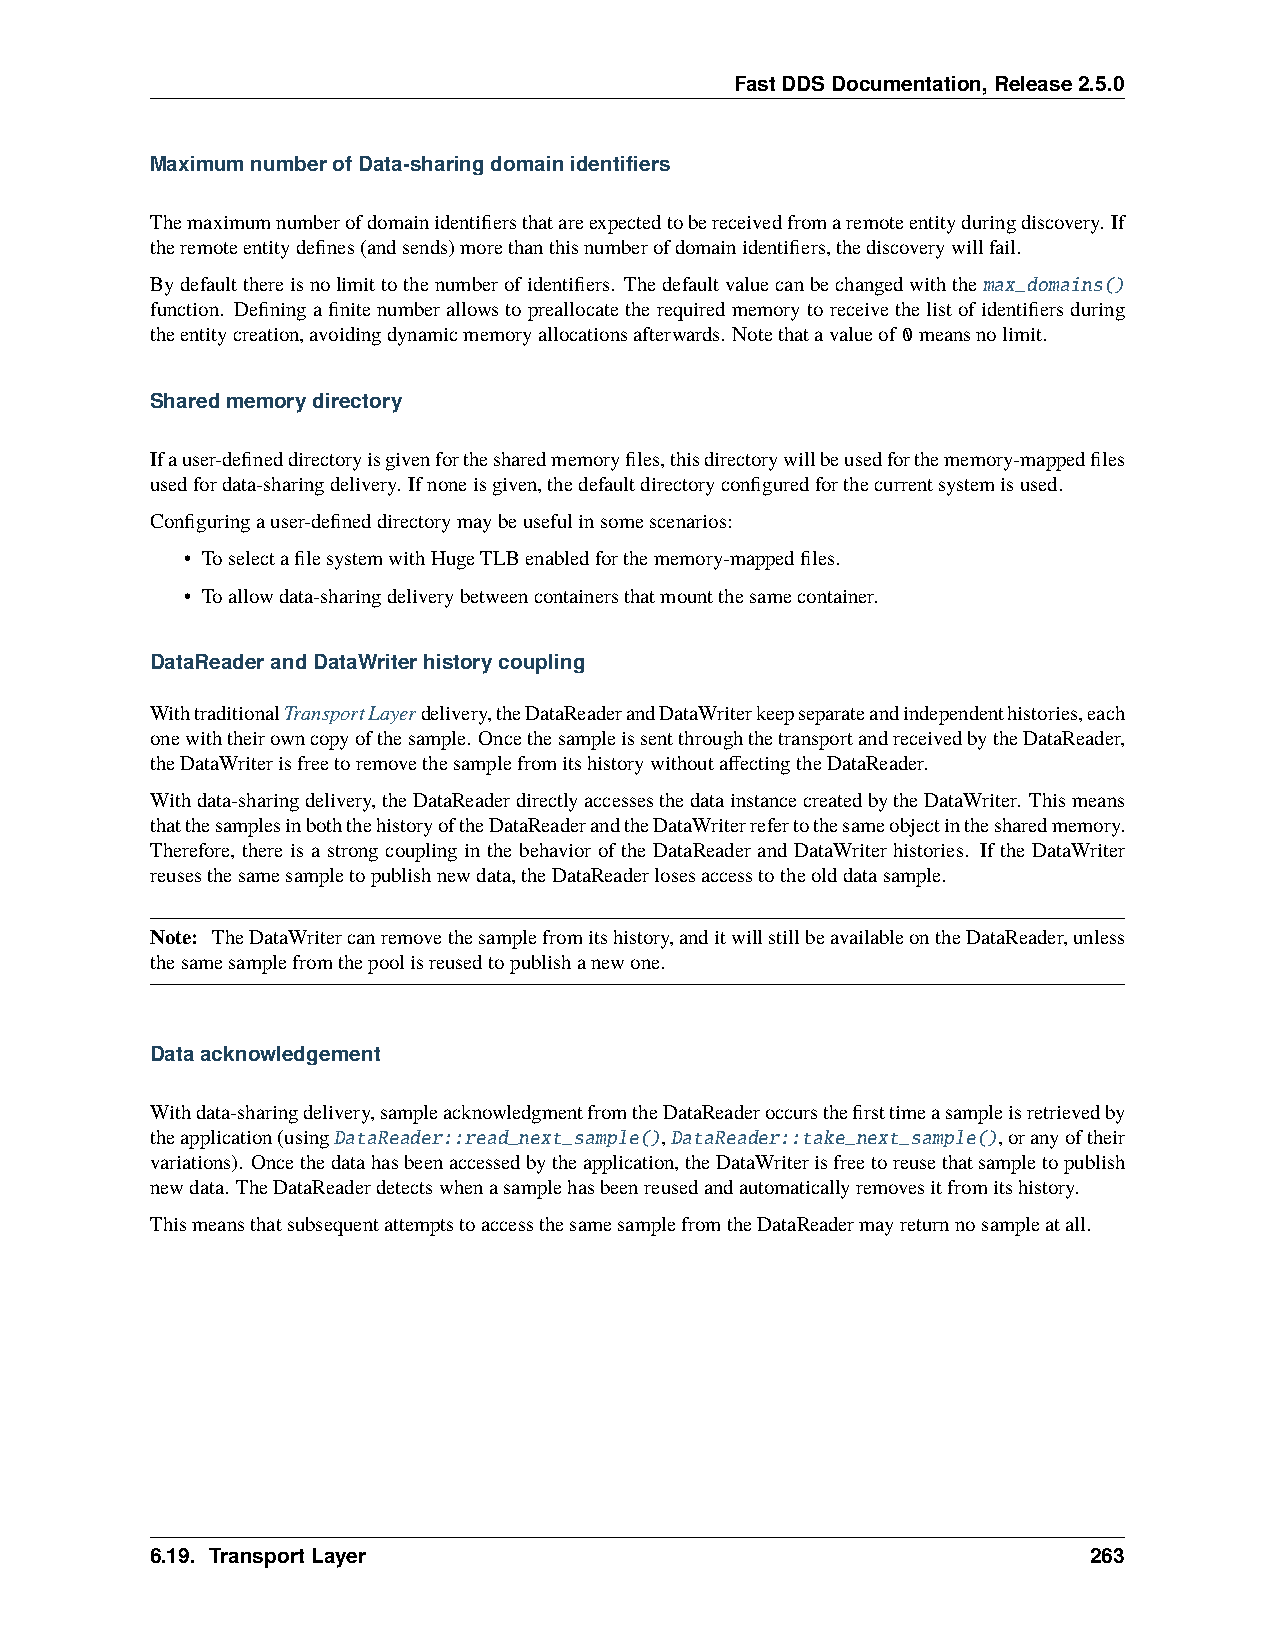
FastDDSDocumentation,Release2.5.0
 MaximumnumberofData-sharingdomainidentifiers
 Themaximumnumberofdomainidentifiersthatareexpectedtobereceivedfromaremoteentityduringdiscovery. If
 theremoteentitydefines(andsends)morethanthisnumberofdomainidentifiers,thediscoverywillfail.
 Bydefaultthereisnolimittothenumberofidentifiers. Thedefaultvaluecanbechangedwiththemax_domains()
 function. Definingafinitenumberallowstopreallocatetherequiredmemorytoreceivethelistofidentifiersduring
 theentitycreation,avoidingdynamicmemoryallocationsafterwards. Notethatavalueof 0meansnolimit.
 Sharedmemorydirectory
 Ifauser-defineddirectoryisgivenforthesharedmemoryfiles,thisdirectorywillbeusedforthememory-mappedfiles
 usedfordata-sharingdelivery. Ifnoneisgiven,thedefaultdirectoryconfiguredforthecurrentsystemisused.
 Configuringauser-defineddirectorymaybeusefulinsomescenarios:
 • ToselectafilesystemwithHugeTLBenabledforthememory-mappedfiles.
 • Toallowdata-sharingdeliverybetweencontainersthatmountthesamecontainer.
 DataReaderandDataWriterhistorycoupling
 WithtraditionalTransportLayerdelivery,theDataReaderandDataWriterkeepseparateandindependenthistories,each
 onewiththeirowncopyofthesample. OncethesampleissentthroughthetransportandreceivedbytheDataReader,
 theDataWriterisfreetoremovethesamplefromitshistorywithoutaffectingtheDataReader.
 Withdata-sharingdelivery,theDataReaderdirectlyaccessesthedatainstancecreatedbytheDataWriter. Thismeans
 thatthesamplesinboththehistoryoftheDataReaderandtheDataWriterrefertothesameobjectinthesharedmemory.
 Therefore, there is a strong coupling in the behavior of the DataReader and DataWriter histories. If the DataWriter
 reusesthesamesampletopublishnewdata,theDataReaderlosesaccesstotheolddatasample.
 Note: TheDataWritercanremovethesamplefromitshistory,anditwillstillbeavailableontheDataReader,unless
 thesamesamplefromthepoolisreusedtopublishanewone.
 Dataacknowledgement
 Withdata-sharingdelivery,sampleacknowledgmentfromtheDataReaderoccursthefirsttimeasampleisretrievedby
 theapplication(usingDataReader::read_next_sample(),DataReader::take_next_sample(),oranyoftheir
 variations). Oncethedatahasbeenaccessedbytheapplication,theDataWriterisfreetoreusethatsampletopublish
 newdata. TheDataReaderdetectswhenasamplehasbeenreusedandautomaticallyremovesitfromitshistory.
 ThismeansthatsubsequentattemptstoaccessthesamesamplefromtheDataReadermayreturnnosampleatall.
 6.19. TransportLayer                                          263